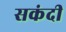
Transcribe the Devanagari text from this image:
सकंदी